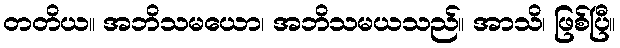
တတိယ။ အဘိသမယော၊ အဘိသမယသည်။ အာသိ၊ ဖြစ်ပြီ။